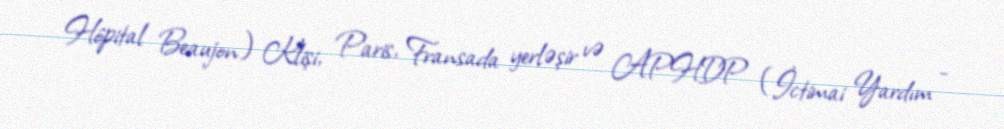
Hôpital Beaujon) Klişi, Paris, Fransada yerləşir və APHDP (İctimai Yardım -